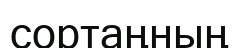
сортаңның